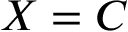
X = C